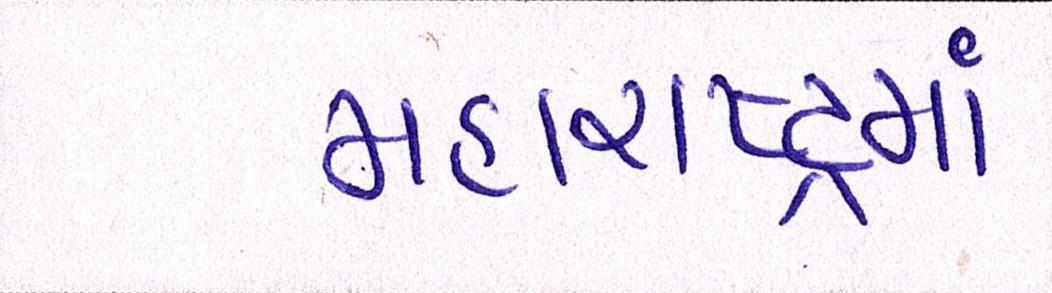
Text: મહારાષ્ટ્રમાં